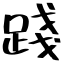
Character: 踐